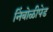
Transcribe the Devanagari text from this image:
निंबोळीपेड